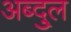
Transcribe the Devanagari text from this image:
अब्दु्ल